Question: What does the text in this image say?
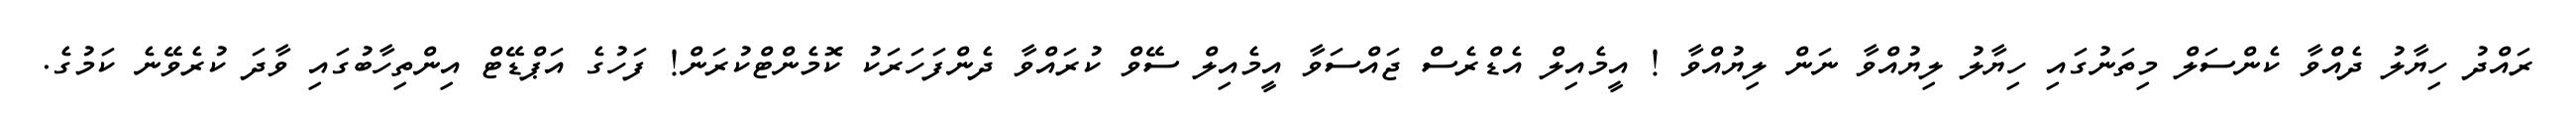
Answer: ރައްދު ހިޔާލު ދެއްވާ ކެންސަލް މިތަނުގައި ހިޔާލު ލިޔުއްވާ ނަން ލިޔުއްވާ ! އީމެއިލް އެޑްރެސް ޖައްސަވާ އީމެއިލް ސޭވް ކުރައްވާ ދެންފަހަރަކު ކޮމެންޓްކުރަން! ފަހުގެ އަޕްޑޭޓް އިންތިހާބުގައި ވާދަ ކުރެވޭނެ ކަމުގެ.